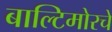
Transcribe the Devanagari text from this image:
बाल्टिमोरचे